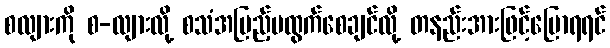
စလျားကို စ-လျားလို့ စသံအပြည့်မထွက်စေချင်လို့ တနည်းအားဖြင့်ပြောရရင်